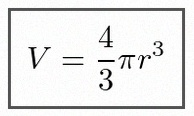
V=\frac43\pi r^3